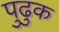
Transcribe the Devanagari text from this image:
पुढुक